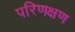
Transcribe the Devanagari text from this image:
परिणक्षण